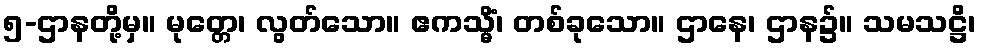
၅-ဌာနတို့မှ။ မုတ္တေ၊ လွတ်သော။ ဧကသ္မိံ၊ တစ်ခုသော။ ဌာနေ၊ ဌာန၌။ သမသဋ္ဌိ၊